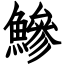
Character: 鰺